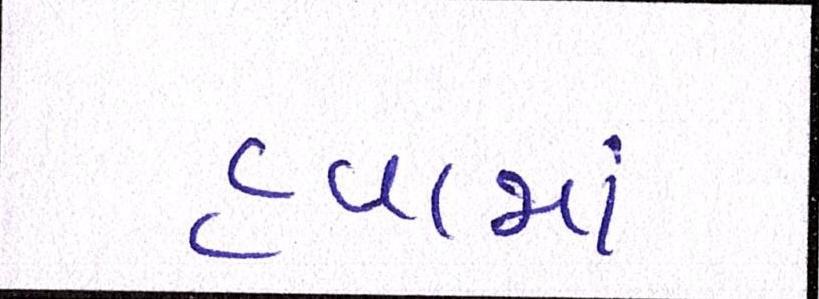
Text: હવામાં